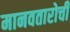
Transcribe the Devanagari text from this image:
मानवतारोची